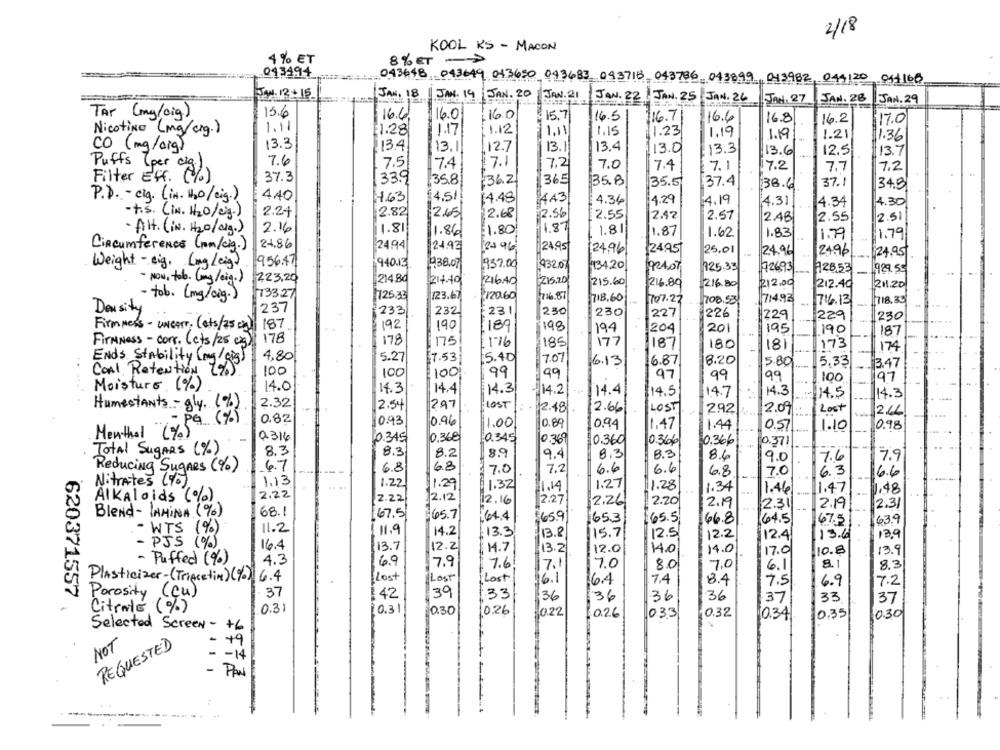
2/18
KOOL KS - MACON
4% ET
8% ET -
043494
043648 043649 043650 043683 093718 043786 043899, 043982, 044120 011160
JAN. 13+15
JAN. 18
JAN. 14 JAN. 20
JAN. 21
JAN. 22 JAN. 25
JAN. 27
JAN. 28
JAN. 29
Tar (my/oig)
15.6
16.6.
16.0
16.0
15.7
16.5
116.71
16.6
16.8
16.2
17.0
1.11
Nicotine (mg/cig.)
1.28
1.17
1.12
1.11
1.15
1.23
1.19
1.19
1.21
1.36
CO ( mg/big)
13.3
13.41
13.1
12.7
13.1
13.4
13.01
13.3
12.51
113.7
13.6
Puffs (per
7.6
7.5
7.4
7.1
7.2
17.0
7.4
7.1
17.2
7.7
7.2
Filter Eff.
37.3
33.9
358
836.2
35.B
365
35.5
37.4
38.6
37.1
134.8
4,40
4.51
P.D. - cig. (in. 120/cig.)
4.63
14.48
1443
4.34
4.29
4.19
4.31
4.34
4.30
t.s. (in. H2O/eig.)
2.24
2.82
2.65
2.68
12.56
2.55
2.42
2.57
2.48
2.55
2.51
Alt. (iN. H2O/dig.)
2.16
1.81
1.86
$1.80
1.87
1.81
1.87
1.83
1.62
1.79
1.79
Circumference (pm/cig.)
24.86
24.94
24.92
2+ 96
24.95
24.96
124.95
25.01
24.96
24.96
$24.95
956.47
9.40.13
38.07
Weight-eig. (mg/eig)
937.00
932.07
134.20
PRANT
125.33
726.93
128.53
929.55
223,20
214.Bd
- NOW, tab. (mg/eig.)
214.40
216,40
215.20
215.60
216.89
216.80
12.00
212.40
211.20
- tob. (mg/oig.)
13327
725.33
123.67
120.60
716.87
718.60
707.27
708.53
714.92
716.13
718.35
-
Density
237
233
232
231
2.50
230
227
226
229|
229
230
FirmNess - UNGers; (ats/25 kg) 187
92
190
18
198
194
204
201
195
190
187
FirmNess - corr. ( cts/ 25 0g )
178
178
175
/1-16
1851
177
187
180
181
173
174
4.80
5.2
7.53|
15.40
7.07
16.87
8.20
5.80
Ends Stability (mg/gig)
16.13
5.33
3.47
Coal Retention (%)
100
100
100
99
99
97
99
99
100
197
Moisture (%)
14.0
14.3
14.4
14.3
14.4
14.2
$14.5
14.7
14.3
14.5
14.3
2.32
2.54
297
LOST
HumesTANts - gly, (%)
: 2.48 .
2.66
LOST
1292
2.09 :
Lost
2.66
PG ( %)
0.82
0.93
0.96
1.00
0.89
10.94
1.47
1.44
0.57
1.10
10.98
Menthal (%)
a316
0.345
0.368
10.345
10.369
10.360
0.366
0.366
0.371
Total SuGARS (%)
8.3
8.3
8.2
8.9
9.4
8,3
B.3
86
7.9
6.8
9.0
7.6
Reducing SuGARS (%)
6.7
6.8
7.0
7.2
6.6
6.6
6.8
7.0
6.3
16.6
1.13
-
Nitrates (%),
1.22
11.29
1.32
1.271
1.28
1.34
2.22
32.12
1.14
1.46
11.47
1.48
Alkaloids (%).
2.22
12.16
12.27
2.26
2.20
2.19
2.31
2.19
2.31
Blend- JAMINA (%)
68.1
67.5
:45.7
:64.4
$65.9
165.31
£65.5
66.8
64.5
67.5
63.9
- WTS (%)
11.2
11.91
14.2
13.3
15.71
13.8
12.5
12.2
12.4
13.6
13,9
PJS ( % )
16.4
13.7
12.2
1.7
13.2
12.0
1140
14.0
17.0
10.8
13.9
- Puffed (%)
4.3
6.9
7.6
170
7.9
7.1
8.0
7.0
6.1
8.1
8.3
ILost
Lost
Lost
Plasticizer-(Tripcetin) (%) 6.4
16.1
16.4
7.4
8.4
7.5
16.9
7.2
37
Porosity (Cu)
1 42
39
33
36
136
36
36
37
33
37
620371557
Citrate (%)
0.31
£0.31
0.30
10.26
0.22
026
033
0.32
0.341
10.35
Selected Screen - +6
NOT
REQUESTED
-
+9
-14
-